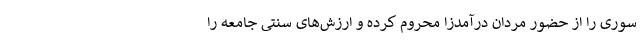
سوری را از حضور مردان درآمدزا محروم کرده و ارزش‌های سنتی جامعه را